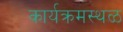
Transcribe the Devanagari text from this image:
कार्यक्रमस्थळ